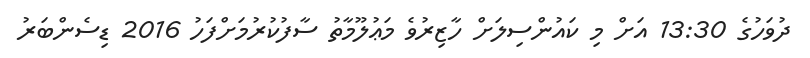
ދުވަހުގެ 13:30 އަށް މި ކައުންސިލަށް ހާޒިރުވެ މަޢުލޫމާތު ސާފުކުރުމަށްފަހު 2016 ޑިސެންބަރު